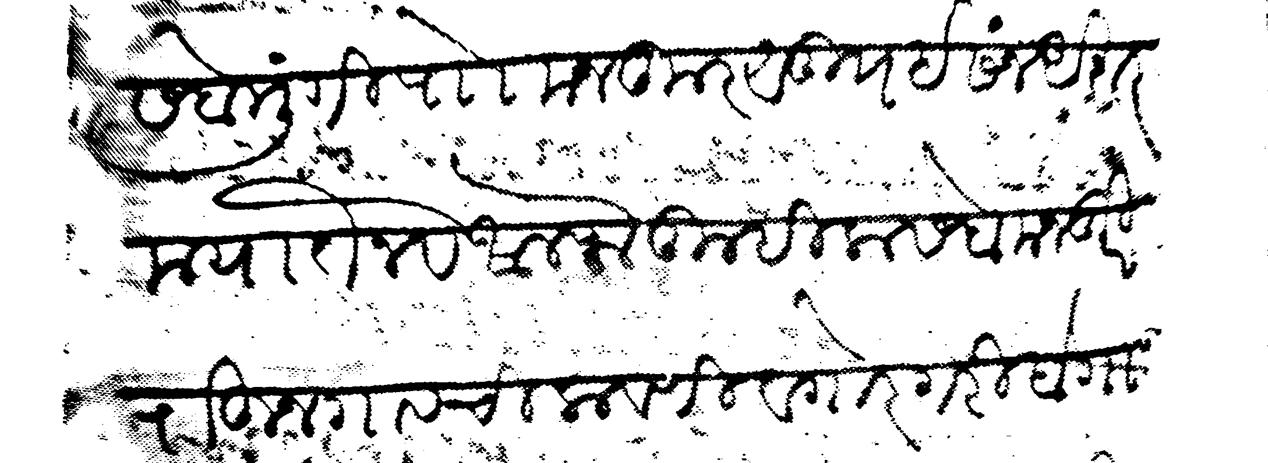
Transliteration (Devanagari): कसबे मुंगी पाो मजकूर सु इसने अशर मयातेन व अलफ तुम्ही कसबे मजकुरी राहून गावची लावणी व गोरगरीबा गावात